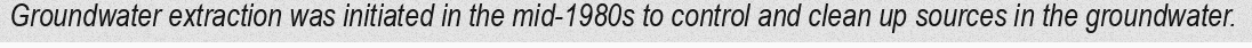
Groundwater extraction was initiated in the mid-1980s to control and clean up sources in the groundwater.